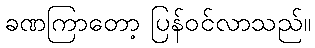
ခဏကြာတော့ ပြန်ဝင်လာသည်။